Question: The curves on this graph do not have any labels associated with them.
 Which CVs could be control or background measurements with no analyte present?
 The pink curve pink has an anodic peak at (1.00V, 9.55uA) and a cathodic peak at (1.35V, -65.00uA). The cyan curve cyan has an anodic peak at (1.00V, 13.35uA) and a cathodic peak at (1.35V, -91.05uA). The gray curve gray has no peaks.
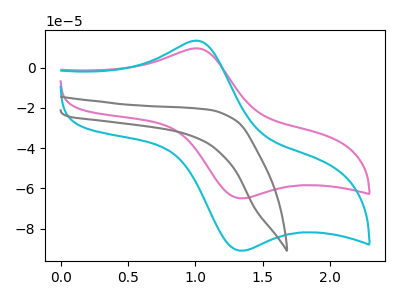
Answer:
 <answer>"gray" is likely to be a blank.</answer>
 <eval>gray</eval>